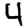
Digit: 4